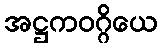
အဋ္ဌကဝဂ္ဂိယေ